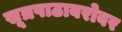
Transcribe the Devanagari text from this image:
सूत्रपाठाबरोबर